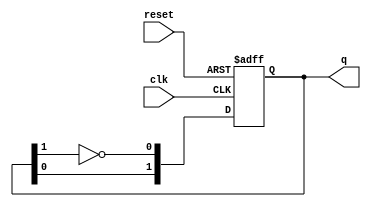
module JohnsonCounter #(parameter N = 2) (
    input wire clk,          // Clock signal
    input wire reset,        // Asynchronous reset signal
    output reg [N-1:0] q     // Output state of the counter
);

    // Always block triggered on the rising edge of the clock or the reset signal
    always @(posedge clk or posedge reset) begin
        if (reset) begin
            // Initialize the counter to 0 on reset
            q <= 0;
        end else begin
            // Shift the current state and feed back the inverted last bit
            q <= {q[N-2:0], ~q[N-1]};
        end
    end

endmodule